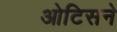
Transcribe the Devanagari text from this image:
ओटिसने